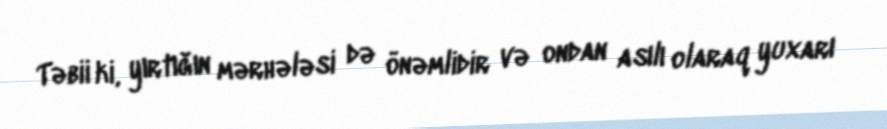
Təbii ki, yırtığın mərhələsi də önəmlidir və ondan asılı olaraq yuxarı